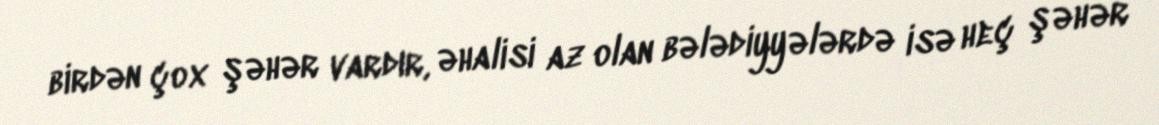
birdən çox şəhər vardır, əhalisi az olan bələdiyyələrdə isə heç şəhər